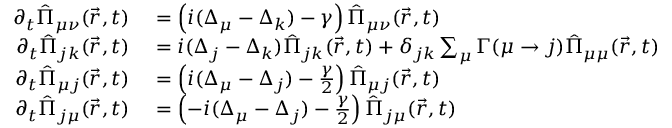
\begin{array} { r l } { \partial _ { t } \hat { \Pi } _ { \mu \nu } ( \vec { r } , t ) } & { { } = \left( i ( \Delta _ { \mu } - \Delta _ { k } ) - \gamma \right) \hat { \Pi } _ { \mu \nu } ( \vec { r } , t ) } \\ { \partial _ { t } \hat { \Pi } _ { j k } ( \vec { r } , t ) } & { { } = i ( \Delta _ { j } - \Delta _ { k } ) \hat { \Pi } _ { j k } ( \vec { r } , t ) + \delta _ { j k } \sum _ { \mu } \Gamma ( \mu \to j ) \hat { \Pi } _ { \mu \mu } ( \vec { r } , t ) } \\ { \partial _ { t } \hat { \Pi } _ { \mu j } ( \vec { r } , t ) } & { { } = \left( i ( \Delta _ { \mu } - \Delta _ { j } ) - \frac { \gamma } { 2 } \right) \hat { \Pi } _ { \mu j } ( \vec { r } , t ) } \\ { \partial _ { t } \hat { \Pi } _ { j \mu } ( \vec { r } , t ) } & { { } = \left( - i ( \Delta _ { \mu } - \Delta _ { j } ) - \frac { \gamma } { 2 } \right) \hat { \Pi } _ { j \mu } ( \vec { r } , t ) } \end{array}